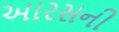
આરસની